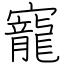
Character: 寵